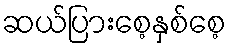
ဆယ်ပြားစေ့နှစ်စေ့